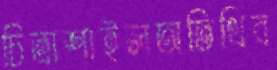
চিত্রাশাইলঅতিথিব